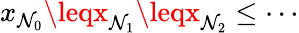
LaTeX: x_{\mathcal{N}_{0}}\leqx_{\mathcal{N}_{1}}\leqx_{\mathcal{N}_{2}}\leq\cdots